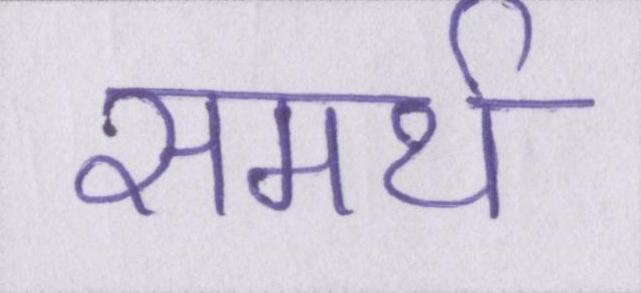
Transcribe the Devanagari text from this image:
समर्थ